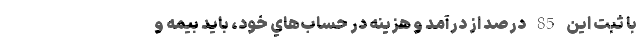
با ثبت اين 85 درصد از درآمد و هزينه در حساب‌هاي خود، بايد بيمه و